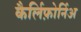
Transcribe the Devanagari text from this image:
कैर्लिफ़ोर्निअ